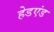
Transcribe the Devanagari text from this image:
हेडएंड